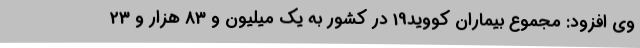
وی افزود: مجموع بیماران کووید19 در کشور به یک میلیون و 83 هزار و 23